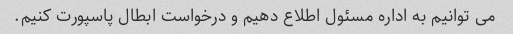
می توانیم به اداره مسئول اطلاع دهیم و درخواست ابطال پاسپورت کنیم.